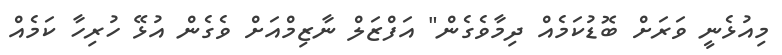
މިއުޅެނީ ވަރަށް ބޮޑުކަމެއް ދިމާވެގެން" އަފްޒަލް ނާޒިމްއަށް ވެގެން އުޅޭ ހުރިހާ ކަމެއް